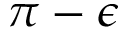
\pi - \epsilon